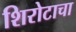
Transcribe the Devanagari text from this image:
शिरोटाचा